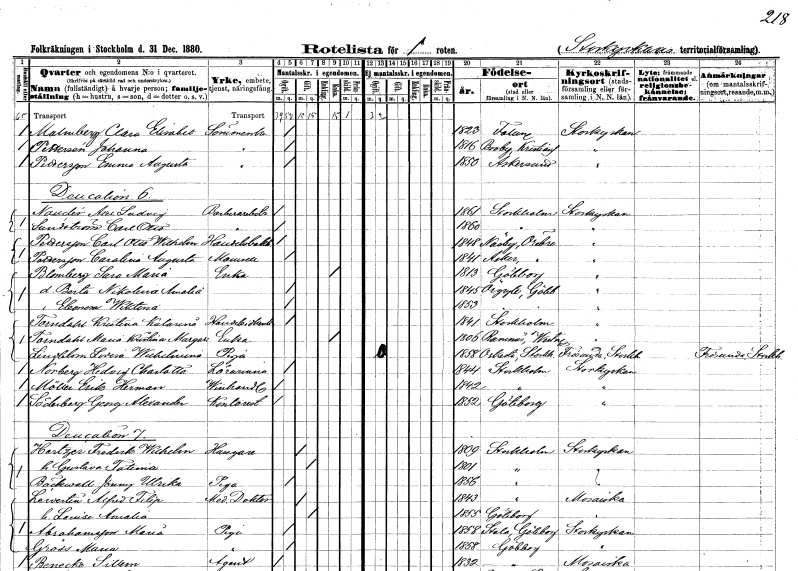
gt_parse: households: individuals: FN: Clara Elisabet
EN: Malmberg
YRKE: Sömmerska
KON: K
CIV: O
FODAR: 1823
FODFORS: Falun Kopparbergs län
FN: Johanna
EN: Pettersén
YRKE: Sömmerska
KON: K
CIV: O
FODAR: 1816
FODFORS: Broby Kristianstads län
FN: Emma Augusta
EN: Pettersson
YRKE: Sömmerska
KON: K
CIV: O
FODAR: 1850
FODFORS: Askersund Örebro län
FN: Axel Ludvig
EN: Naudér
YRKE: Barberiarbetare
KON: M
CIV: O
FODAR: 1861
FODFORS: Stockholm
FN: Carl Otto
EN: Sundström
YRKE: Barberiarbetare
KON: M
CIV: O
FODAR: 1860
FODFORS: Stockholm
FN: Carl Otto Wilhelm
EN: Pettersson
YRKE: Handelsbokhållare
KON: M
CIV: O
FODAR: 1848
FODFORS: Näsby Örebro län
FN: Carolina Augusta
EN: Pettersson
KON: K
CIV: O
FODAR: 1841
FODFORS: Asker Örebro län
FN: Sara Maria
EN: Blomberg
YRKE: Änka
KON: K
CIV: E
FODAR: 1813
FODFORS: Göteborg Göteborgs- och Bohuslän
FN: Berta Nikolina Amalia
KON: K
CIV: O
FODAR: 1845
FODFORS: Örgryte Göteborgs- och Bohuslän
FN: Eleonora Wiktoria
KON: K
CIV: O
FODAR: 1853
FODFORS: Örgryte Göteborgs- och Bohuslän
FN: Kristina Katarina
EN: Torndahl
YRKE: Handelsidkerska
KON: K
CIV: O
FODAR: 1841
FODFORS: Stockholm
FN: Maria Kristina Margareta
EN: Torndahl
YRKE: Änka
KON: K
CIV: E
FODAR: 1806
FODFORS: Ramnäs Västmanlands län
FN: Lovisa Wilhelmina
EN: Lindblom
YRKE: Piga
KON: K
CIV: O
FODAR: 1858
FODFORS: Orkesta Stockholms län
FN: Hedvig Charlotta
EN: Norberg
YRKE: Lärarinna
KON: K
CIV: O
FODAR: 1844
FODFORS: Stockholm
FN: Erik Herman
EN: Möller
YRKE: Vinhandlare
KON: M
CIV: O
FODAR: 1842
FODFORS: Stockholm
FN: Georg Alexander
EN: Söderberg
YRKE: Kontorist
KON: M
CIV: O
FODAR: 1852
FODFORS: Göteborg Göteborgs- och Bohuslän
FN: Fredrik Wilhelm
EN: Hertzer
YRKE: Husägare
KON: M
CIV: G
FODAR: 1809
FODFORS: Stockholm
FN: Gustava Fatima
KON: K
CIV: G
FODAR: 1801
FODFORS: Stockholm
FN: Jenny Ulrika
EN: Bäckwall
YRKE: Piga
KON: K
CIV: O
FODAR: 1856
FODFORS: Stockholm
FN: Alfred Filip
EN: Lewertin
YRKE: Medicine doktor
KON: M
CIV: G
FODAR: 1843
FODFORS: Stockholm